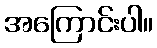
အကြောင်းပါ။